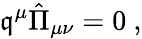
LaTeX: \mathfrak{q}^{\mu}{\hat{{\Pi}}}_{\mu\nu}=0~,